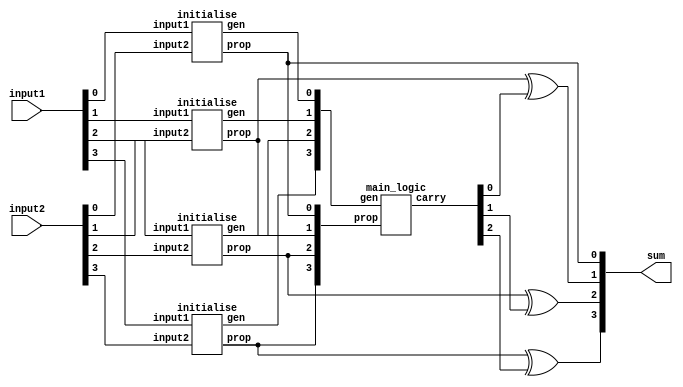
//Han Carlson Adder for 4 bits

// we define the main function for Han_Carlson_Adder which takes in two inputs and returns an output
module Han_Carlson_Adder(input1, input2, sum);

input [3:0] input1, input2;             // inputs with 3 bits
output [3:0] sum;                         // outputs with 3 bits 
wire [3:0] prop,gen,carry;              // wires to store output of stage, prop is progogation, gen is generated
// prop,gen stores initial prop and gen values before stage1

// prop and gen values at stage m and bit n (ranging from 0 to n-1), we have used convention prop_m_n and gen_m_n.
// before stage 1 initialised values are stored in prop and gen array as prop[i] and gen[i] where i denotes bit no.

// initialise prop and gen values before stage 1 using the input values.
initialise ini0(input1[0],input2[0],prop[0],gen[0]);
initialise ini1(input1[1],input2[1],prop[1],gen[1]);
initialise ini2(input1[2],input2[2],prop[2],gen[2]);
initialise ini3(input1[3],input2[3],prop[3],gen[3]);
// run main logic of the code
main_logic carry_gen(prop,gen,carry);
//finally store the result values in sum
buf (sum[0],prop[0]);
xor (sum[1],prop[1],carry[0]);
xor (sum[2],prop[2],carry[1]);
xor (sum[3],prop[3],carry[2]);
endmodule
// initialise module takes one bit each from both the inputs and returns the propogate and generate values for each set.
module initialise(input1,input2,prop,gen);
input input1, input2;
output prop,gen;
xor (prop,input1, input2);          // prop is equal to 'xor' of input1 and input2
and (gen,input1, input2);           // gen is equal to 'and' of input1 and input2
endmodule
// grey_circle module simulates the operation of grey circle in the Han_Carlson_Adder structure.
// it takes prev stage values of prop and gen and returns new values according to below defined operation.
module grey_circle(p_1,g_1,g_2,g_final);
input p_1,g_1,g_2;
output g_final;
wire w;                             // w will store value of 'and' of p_1 and g_2
and (w,p_1,g_2);                    // then we perform 'or' operation with g_1 to get g_final
or (g_final,g_1,w);
endmodule
// black_circle module simulates the operation of black circle in the Han_Carlson_Adder structure.
// it takes prev stage values of prop and gen and returns new values according to below defined operation.
module black_circle(p_1,g_1,p_2,g_2,p_final,g_final);
input p_1,g_1,p_2,g_2;
output p_final,g_final;
wire w;
and (p_final,p_1,p_2);
and (w,p_1,g_2);
or (g_final,w,g_1);
endmodule
// Main_logic implements the logic of the Han_Carlson_Adder and uses other modules to perform operations.
// The sequence of use of modules in main_logic is responsible for adder's functioning and makes it unique
// from other adders.
module main_logic(prop,gen,carry);
input [3:0] prop,gen;
output [3:0] carry;
//first_layer stage1
buf(prop_1_0,prop[0]);
buf(gen_1_0,gen[0]);
buf(prop_1_1,prop[1]);
grey_circle gc_1_1(prop[1],gen[1],gen[0],gen_1_1);
buf(prop_1_2,prop[2]);
buf(gen_1_2,gen[2]);
black_circle bc_1_3(prop[3],gen[3],prop[2],gen[2],prop_1_3,gen_1_3);

// logic depth layer with layers = (logn + 1)
	//Layer 1 Stage 2
buf(prop_2_0,prop_1_0);
buf(gen_2_0,gen_1_0);
buf(prop_2_1,prop_1_1);
buf(gen_2_1,gen_1_1);
buf(prop_2_2,prop_1_2);
buf(gen_2_2,gen_1_2);
buf(prop_2_3,prop_1_3);
grey_circle gc_2_3(prop_1_3,gen_1_3,gen_1_1,gen_2_3);
	//Layer 2 Stage 3
buf(prop_3_0,prop_2_0);
buf(gen_3_0,gen_2_0);
buf(prop_3_1,prop_2_1);
buf(gen_3_1,gen_2_1);
buf(prop_3_2,prop_2_2);
buf(gen_3_2,gen_2_2);
buf(prop_3_3,prop_2_3);
buf(gen_3_3,gen_2_3);
	//Layer 3 Stage 4
buf(prop_4_0,prop_3_0);
buf(gen_4_0,gen_3_0);
buf(prop_4_1,prop_3_1);
buf(gen_4_1,gen_3_1);
buf(prop_4_2,prop_3_2);
buf(gen_4_2,gen_3_2);
buf(prop_4_3,prop_3_3);
buf(gen_4_3,gen_3_3);

//last_layer Stage 5
buf(prop_5_0,prop_4_0);
buf(gen_5_0,gen_4_0);
buf(prop_5_1,prop_4_1);
buf(gen_5_1,gen_4_1);
buf(prop_5_2,prop_4_2);
grey_circle gc_5_2(prop_4_2,gen_4_2,gen_4_1,gen_5_2);
buf(prop_5_3,prop_4_3);
buf(gen_5_3,gen_4_3);

//final carry values
buf(carry[0],gen_5_0);
buf(carry[1],gen_5_1);
buf(carry[2],gen_5_2);
buf(carry[3],gen_5_3);
endmodule